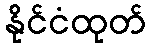
နိုင်ငံထုတ်